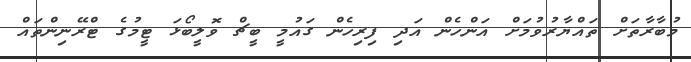
މުބާރާތަށް ތައްޔާރުވުމަށް އަންހެން އަދި ފިރިހެން ގައުމީ ބީޗް ވޮލީބޯޅަ ޓީމުގެ ޓްރޭނިންތައް